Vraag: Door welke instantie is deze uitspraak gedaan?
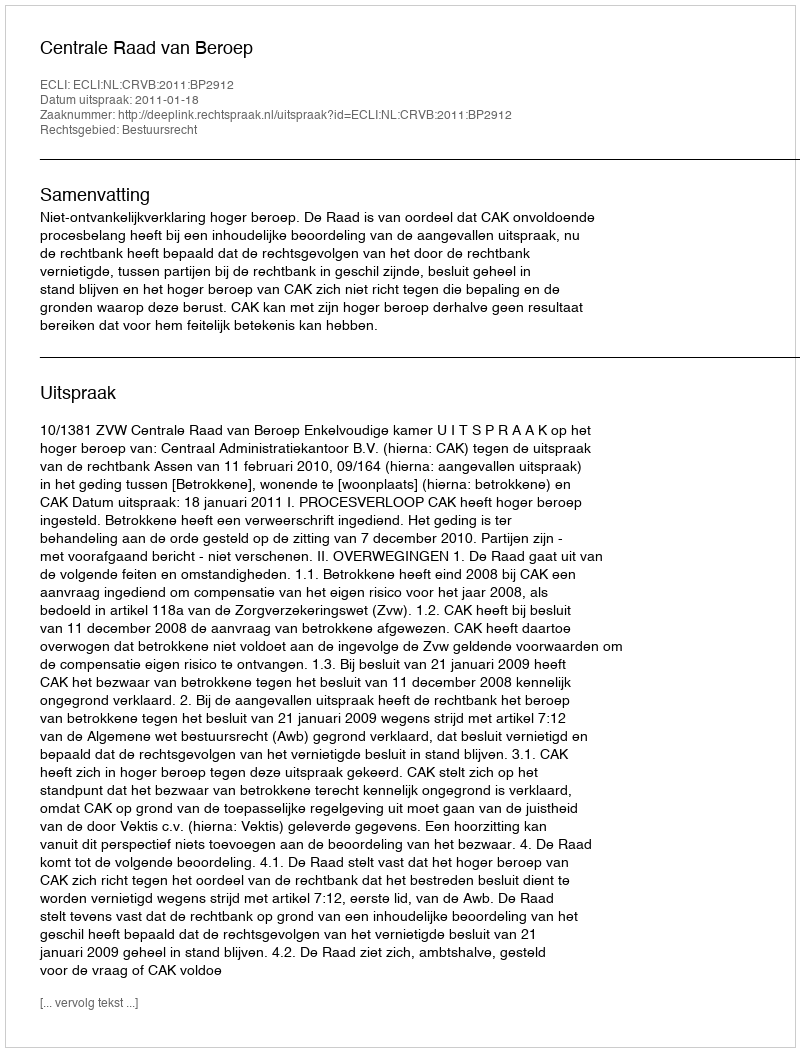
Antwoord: Centrale Raad van Beroep